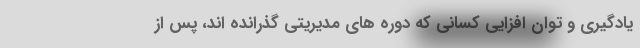
یادگیری و توان افزایی کسانی که دوره های مدیریتی گذرانده اند، پس از